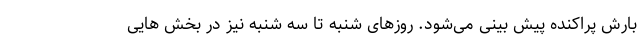
بارش پراکنده پیش بینی می‌شود. روزهای شنبه تا سه شنبه نیز در بخش هایی